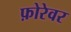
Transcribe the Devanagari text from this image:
फ़ोरेवर